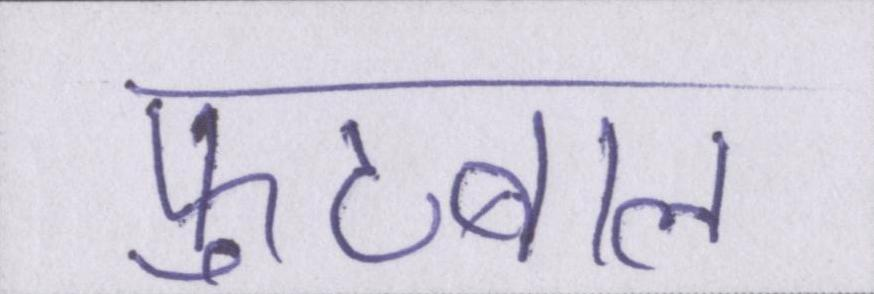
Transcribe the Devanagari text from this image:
फुटबाल